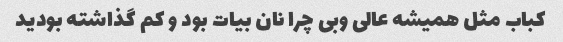
کباب مثل همیشه عالی وبی چرا نان بیات بود و کم گذاشته بودید